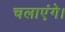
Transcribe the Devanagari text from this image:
चलाएंगे।